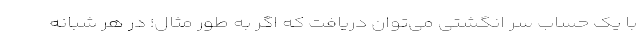
با یک حساب سر انگشتی می‌توان دریافت که اگر به طور مثال؛ در هر شبانه